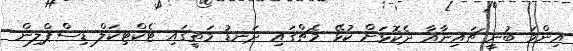
އިންމަ ބުނީ ޗައިނާއާ ދެކޮޅަށް ކުޅޭ މެޗްގައި ދަނޑު މަތީގައި ޓެކްޓިކަލް ޑިސްޕްލިން